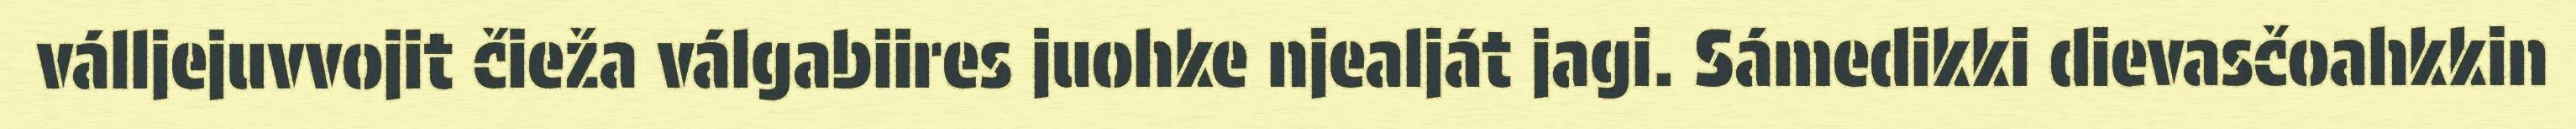
válljejuvvojit čieža válgabiires juohke njealját jagi. Sámedikki dievasčoahkkin